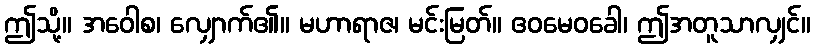
ဤသို့။ အဝေါစ၊ လျှောက်၏။ မဟာရာဇ၊ မင်းမြတ်။ ဧဝမေဝခေါ၊ ဤအတူသာလျှင်။